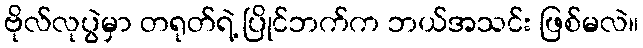
ဗိုလ်လုပွဲမှာ တရုတ်ရဲ့ ပြိုင်ဘက်က ဘယ်အသင်း ဖြစ်မလဲ။